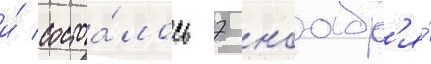
и́ состоа́лось 7 ноабр'я́